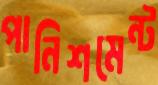
পানিশমেন্ট